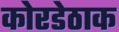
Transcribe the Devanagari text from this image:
कोरडेठाक